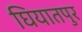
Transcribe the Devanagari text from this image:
घियातपुर